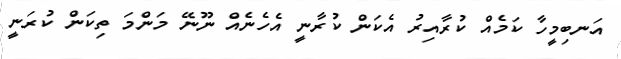
އަނބިމީހާ ކަމެއް ކުރާއިރު އެކަން ކުރާނީ އެހެނެއް ނޫނޭ މަންމަ ތިކަން ކުރަނީ